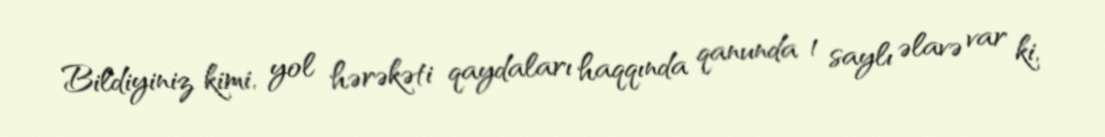
Bildiyiniz kimi, yol hərəkəti qaydaları haqqında qanunda 1 saylı əlavə var ki,